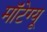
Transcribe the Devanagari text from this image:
मॉंटेग्यू